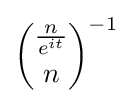
{{\frac {n}{e^{it}}} \choose n}^{-1}